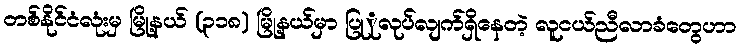
တစ်နိုင်ငံလုံးမှ မြို့နယ် (၃၁၈) မြို့နယ်မှာ ပြုုလုပ်လျက်ရှိနေတဲ့ လူငယ်ညီလာခံတွေဟာ